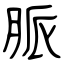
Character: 脈